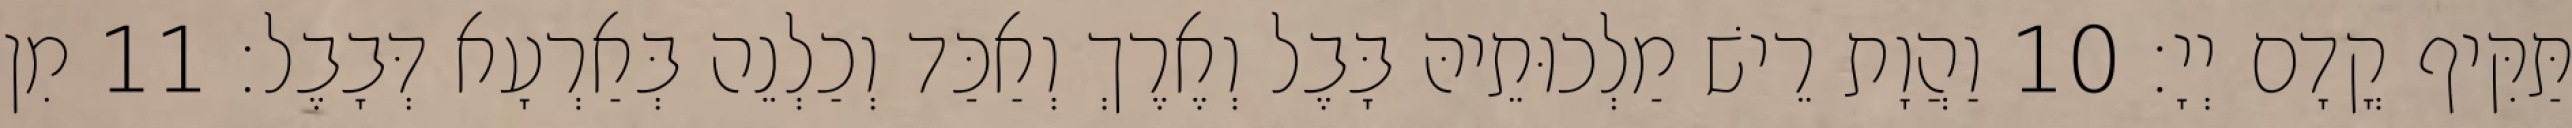
תַּקִּיף קֳדָם יְיָ׃ 10 וַהֲוָת רֵישׁ מַלְכוּתֵיהּ בָּבֶל וְאֶרֶךְ וְאַכַּד וְכַלְנֵה בְּאַרְעָא דְּבָבֶל׃ 11 מִן